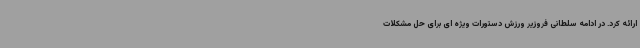
ارائه کرد. در ادامه سلطانی فروزیر ورزش دستورات ویژه ای برای حل مشکلات